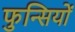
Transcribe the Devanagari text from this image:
फुन्सियों